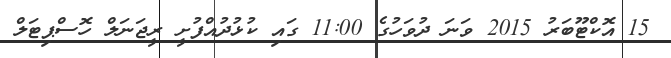
15 އޮކްޓޫބަރު 2015 ވަނަ ދުވަހުގެ 11:00 ގައި ކުޅުދުއްފުށީ ރީޖަނަލް ހޮސްޕިޓަލް